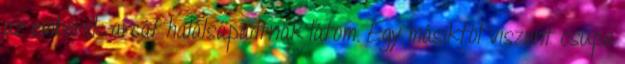
az emberek arcát halálsápadtnak látom. Egy másiktól viszont csupa